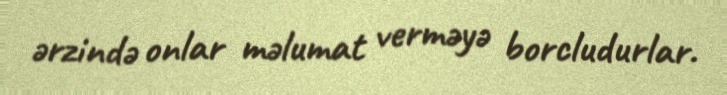
ərzində onlar məlumat verməyə borcludurlar.